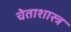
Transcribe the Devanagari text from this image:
चेताशास्त्र